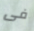
فى